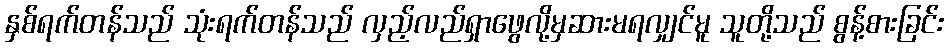
နှစ်ရက်တန်သည် သုံးရက်တန်သည် လှည့်လည်ရှာဖွေလို့မှဆားမရလျှင်မူ သူတို့သည် စွန့်စားခြင်း